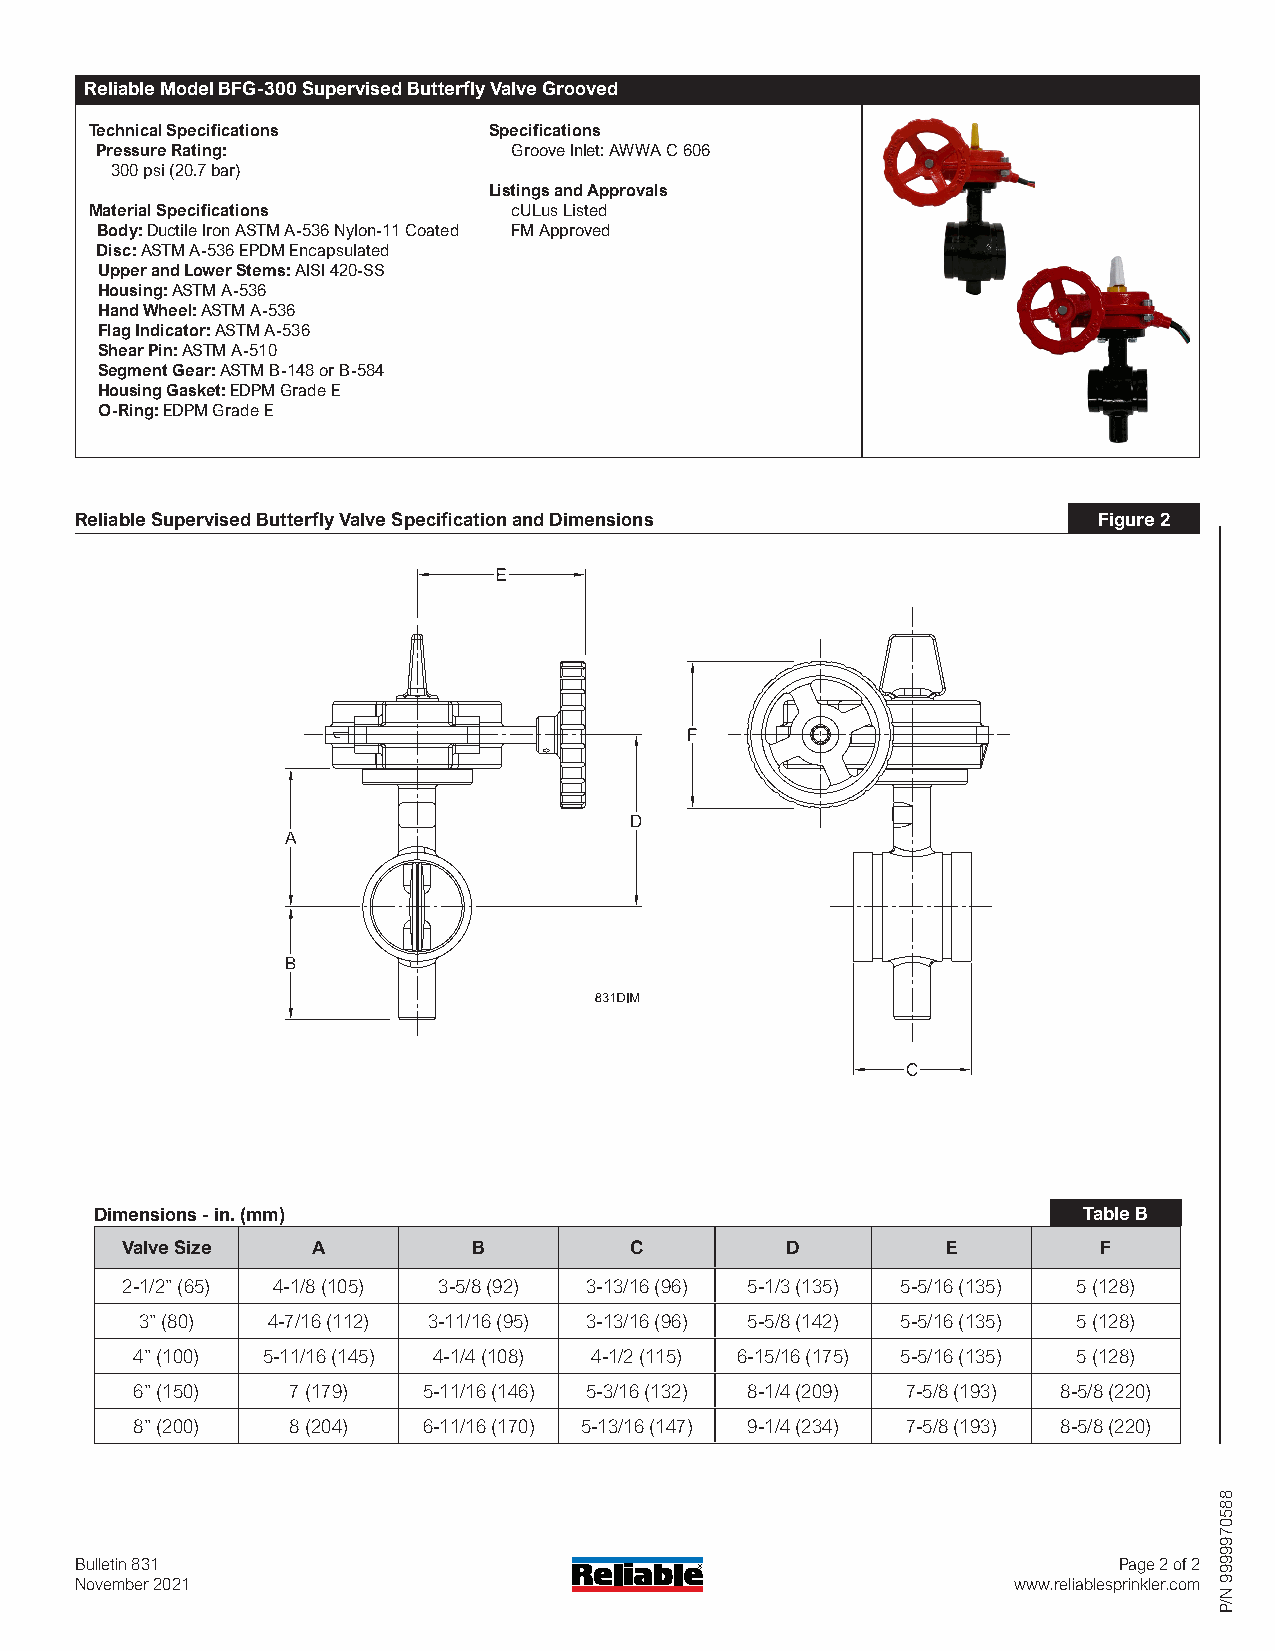
Reliable Model BFG-300 Supervised Butterfly Valve Grooved
 Technical Specifications  Specifications
 Pressure Rating:            Groove Inlet: AWWA C 606
 300 psi (20.7 bar)
 Listings and Approvals
 Material Specifications     cULus Listed
 Body: Ductile Iron ASTM A-536 Nylon-11 Coated FM Approved
 Disc: ASTM A-536 EPDM Encapsulated
 Upper and Lower Stems: AISI 420-SS
 Housing: ASTM A-536
 Hand Wheel: ASTM A-536
 Flag Indicator: ASTM A-536
 Shear Pin: ASTM A-510
 Segment Gear: ASTM B-148 or B-584
 Housing Gasket: EDPM Grade E
 O-Ring: EDPM Grade E
 Reliable Supervised Butterfly Valve Specification and Dimensions    Figure 2
 Dimensions - in. (mm)                                             Table B
 Valve Size   A         B          C         D          E         F
 2-1/2” (65) 4-1/8 (105) 3-5/8 (92) 3-13/16 (96) 5-1/3 (135) 5-5/16 (135) 5 (128)
 3” (80)  4-7/16 (112) 3-11/16 (95) 3-13/16 (96) 5-5/8 (142) 5-5/16 (135) 5 (128)
 4” (100) 5-11/16 (145) 4-1/4 (108) 4-1/2 (115) 6-15/16 (175) 5-5/16 (135) 5 (128)
 6” (150)  7 (179)  5-11/16 (146) 5-3/16 (132) 8-1/4 (209) 7-5/8 (193) 8-5/8 (220)
 8” (200)  8 (204)  6-11/16 (170) 5-13/16 (147) 9-1/4 (234) 7-5/8 (193) 8-5/8 (220)
 Bulletin 831                                                         Page 2 of 2
 November 2021                                                 www.reliablesprinkler.com
 8850799999
 N/P